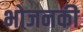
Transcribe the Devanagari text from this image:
भोजनकी